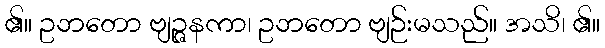
၏။ ဥဘတော ဗျဉ္ဇနကာ၊ ဥဘတော ဗျဉ်းမသည်။ အသိ၊ ၏။